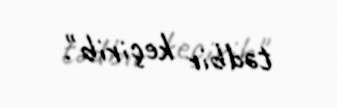
tədbir keçirib".